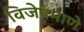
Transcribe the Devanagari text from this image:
विजेप्रमाणे